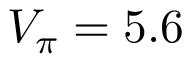
V _ { \pi } = 5 . 6